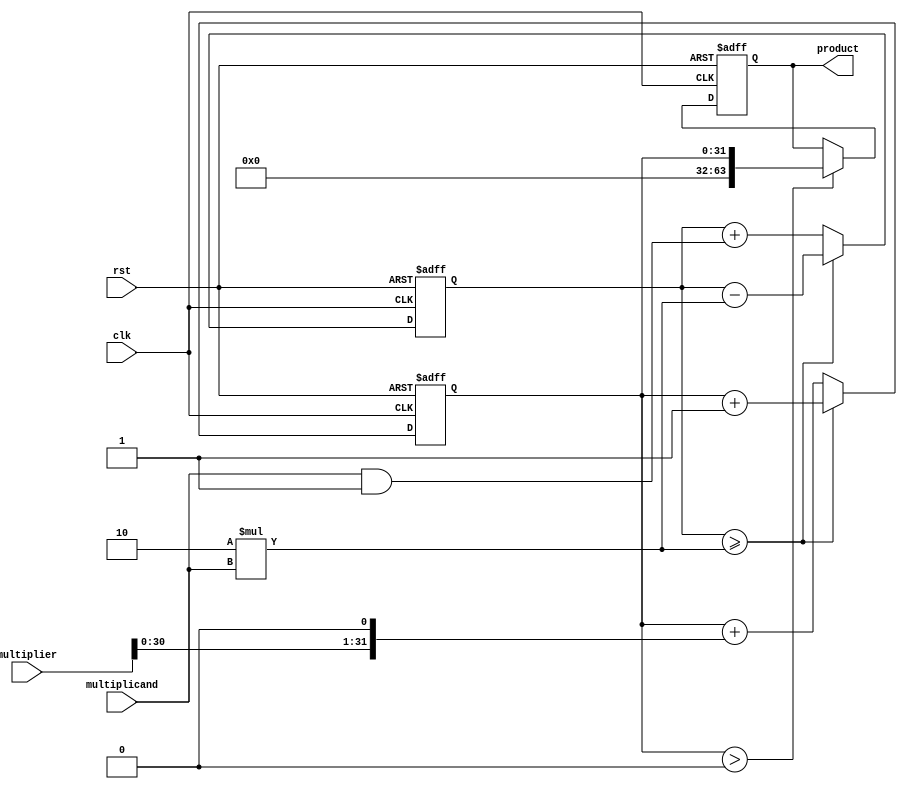
module unsigned_multiplier_arithmetic_blocks(
  input wire clk,
  input wire rst,
  input wire [31:0] multiplier,
  input wire [31:0] multiplicand,
  output reg [63:0] product
);

reg [31:0] partial_product;
reg [31:0] partial_sum;

always @(posedge clk or posedge rst) begin
  if (rst) begin
    partial_product <= 0;
    partial_sum <= 0;
    product <= 0;
  end else begin
    partial_product <= partial_product + (multiplier << 1);
    partial_sum <= partial_sum + (multiplicand & 1'b1);
    
    if (partial_sum >= 2*multiplicand) begin
      partial_sum <= partial_sum - 2*multiplicand;
      partial_product <= partial_product + 1;
    end
    
    if (partial_product > 2**32) begin
      product <= partial_product;
    end
  end
end

endmodule